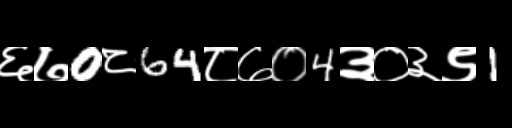
Text: ६७0८64८७०4३०३९1